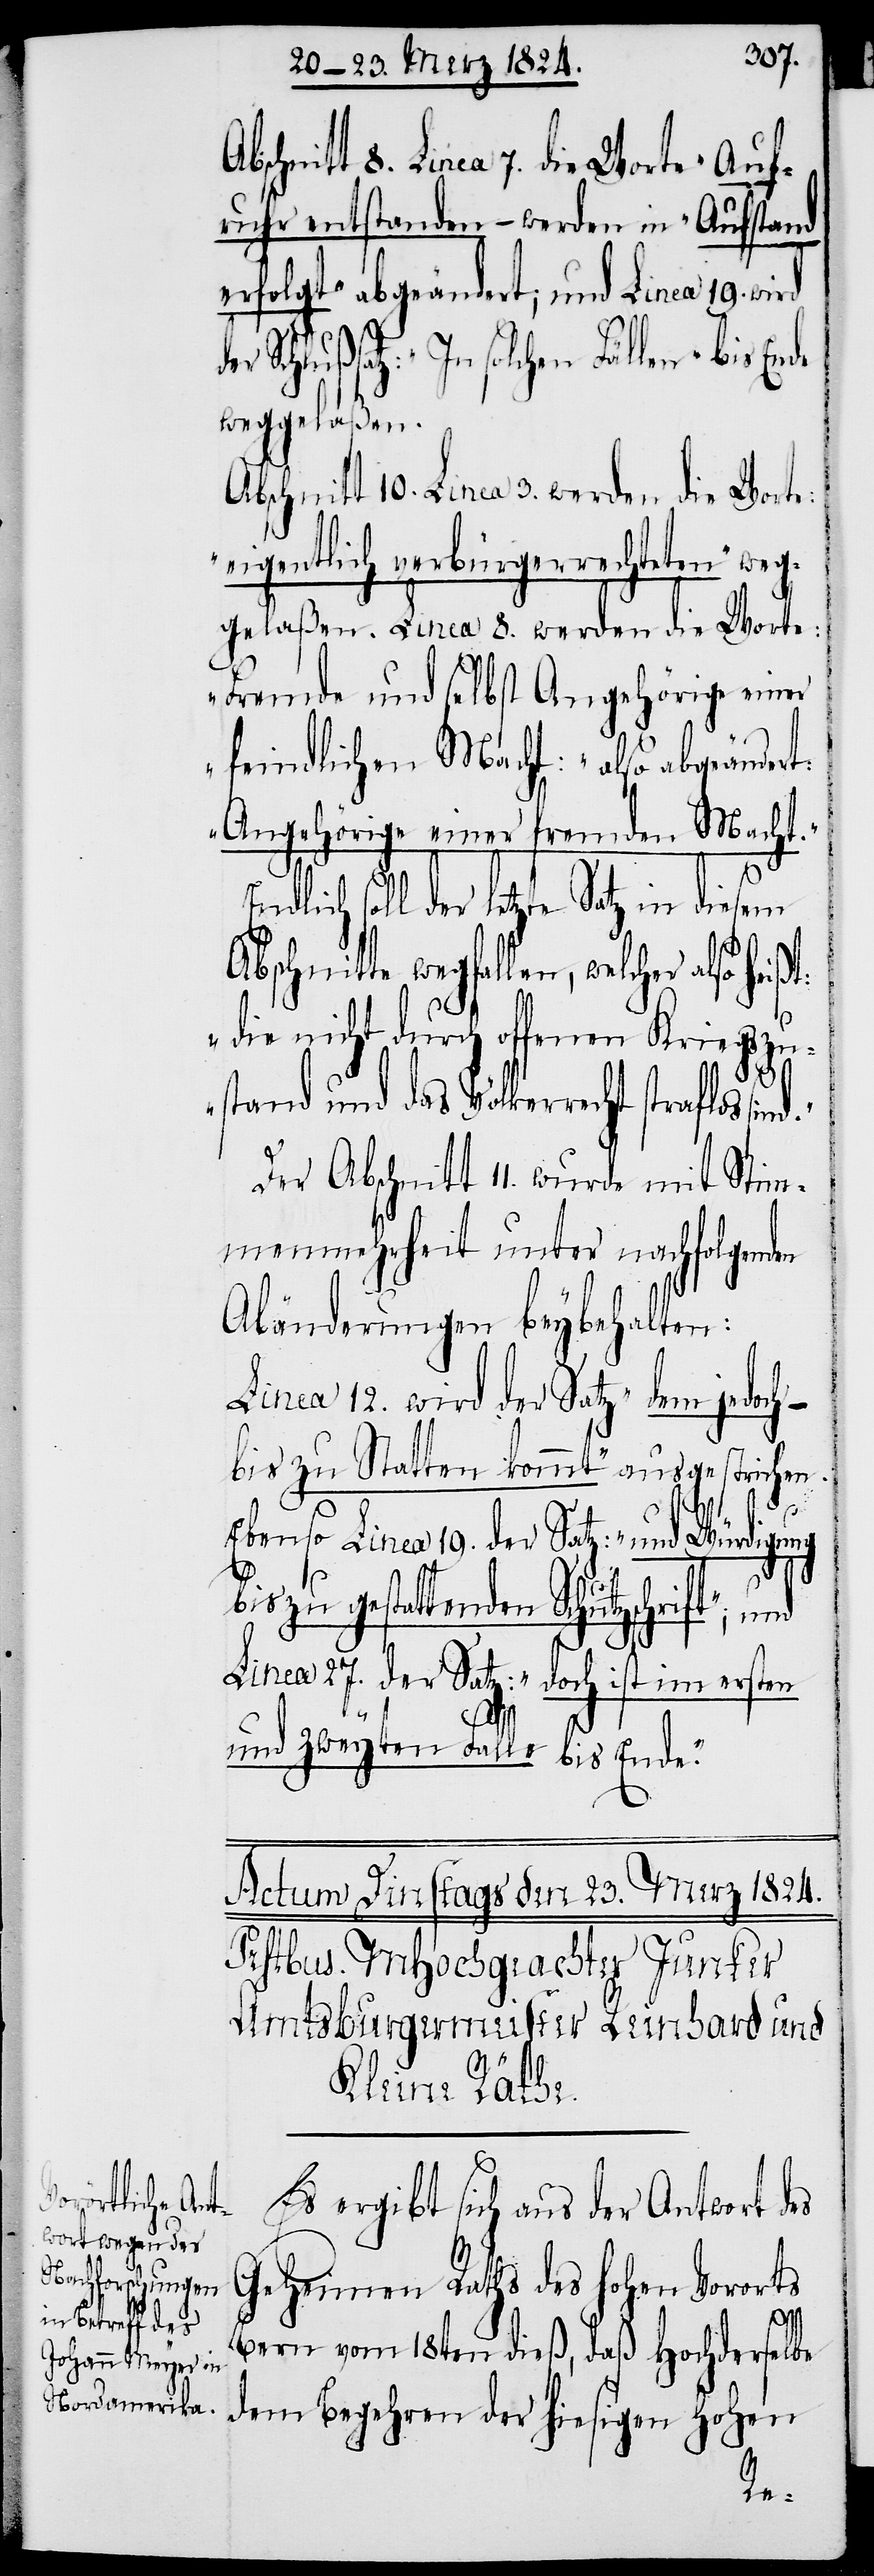
rift“; und

bschnitt 8. Linea 7. die Worte „Auf¬
ruhr entstanden – werden in „Aufstand
erfolgte“ abgeändert; und Linea 19. wird
Schlußsatz: „In solchen Fällen“ bis
weggelaßen.
Abschnitt 10. Linea 3. werden die Worte:
„eigentlich verbürgerrechteten“ weg¬
gelaßen. Linea 8. werden die Worte:
„Fremde und selbst Angehörige einer
feindlichen Macht:“ also abgeändert:
„Angehörige einer fremden Macht.“
soll der letzte Satz in diesem
bschnitte wegfallen, welcher also
„die nicht durch offenen Kriegszu¬
stand und das Völkerrecht straflos sin¬
Der Abschnitt 11. wurde mit Stim¬
menmehrheit unter nachfolgenden
Abänderungen beybehalten:
Linea 12. wird der Satz „dem jedoch
bis zu Statten kommt“ ausgestrichen.
ng
Ebenso Linea 19. der Satz: „und Würdigu¬
bis zu gestattenden Schutzsch¬
Linea 27. der Satz: „doch ist im ersten
und zweyten Falle bis Ende.“
A¬
Es ergibt sich aus der Antwort des
Geheimen Raths des hohen Vororts
d.“
Bern vom 18ten dieß, daß Hochderselbe
dem Begehren der hiesigen Hohen
der